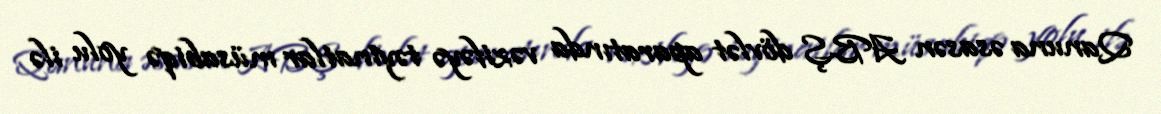
Qanuna əsasən ABŞ dövlət aparatında vəzifəyə təyinatlar müsabiqə yolu ilə